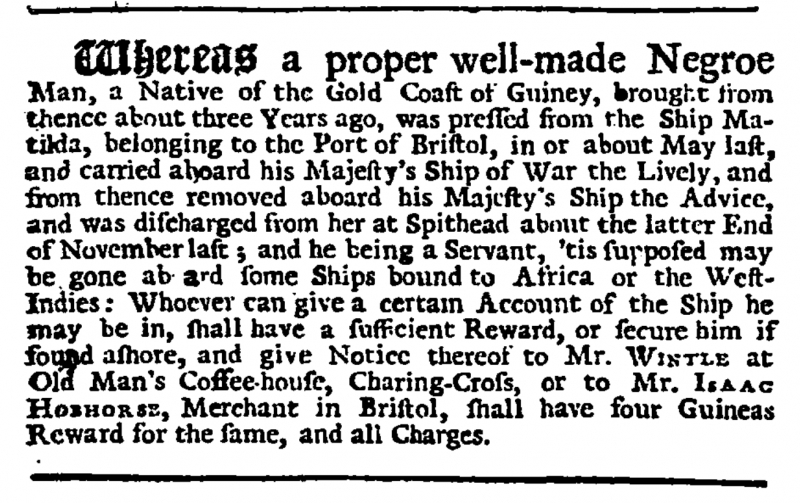
Daily Journal, 3 April 1730 (England)
Whereas a proper well-made Negroe Man, a Native of the Gold Coast of Guiney, brought from thence about three Years ago, was pressed from the Ship Matilda, belonging to the Port of Bristol, in or about May last, and carried aboard his Majesty’s Ship of War, the Lively, and from thence removed aboard his Majesty’s Ship the Advice, and was discharged from her at Spithead about the latter End of November last; and he being a Servant, ‘tis supposed may be gone aboard some Ships bound to Africa or the West-Indies: Whoever can give a certain Account of the Ship he may be in, shall have a sufficient Reward, or secure him if found ashore, and give Notice thereof to Mr. WINTLE at Old Man’s Coffee-house, Charing-Cross, or to Mr. ISAAC HOBHORSE, Merchant in Bristol, shall have four Guineas Reward for the same, and all Charges.